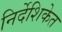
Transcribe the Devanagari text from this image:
निर्देशिकेत